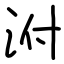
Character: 泭